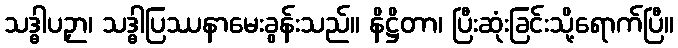
သဒ္ဓါပဉှာ၊ သဒ္ဓါပြဿနာမေးခွန်းသည်။ နိဋ္ဌိတာ၊ ပြီးဆုံးခြင်းသို့ရောက်ပြီ။